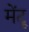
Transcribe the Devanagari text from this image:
मेंटू